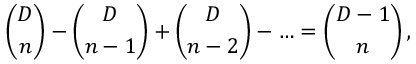
{ \binom { D } { n } } - { \binom { D } { n - 1 } } + { \binom { D } { n - 2 } } - \ldots = { \binom { D - 1 } { n } } \, ,